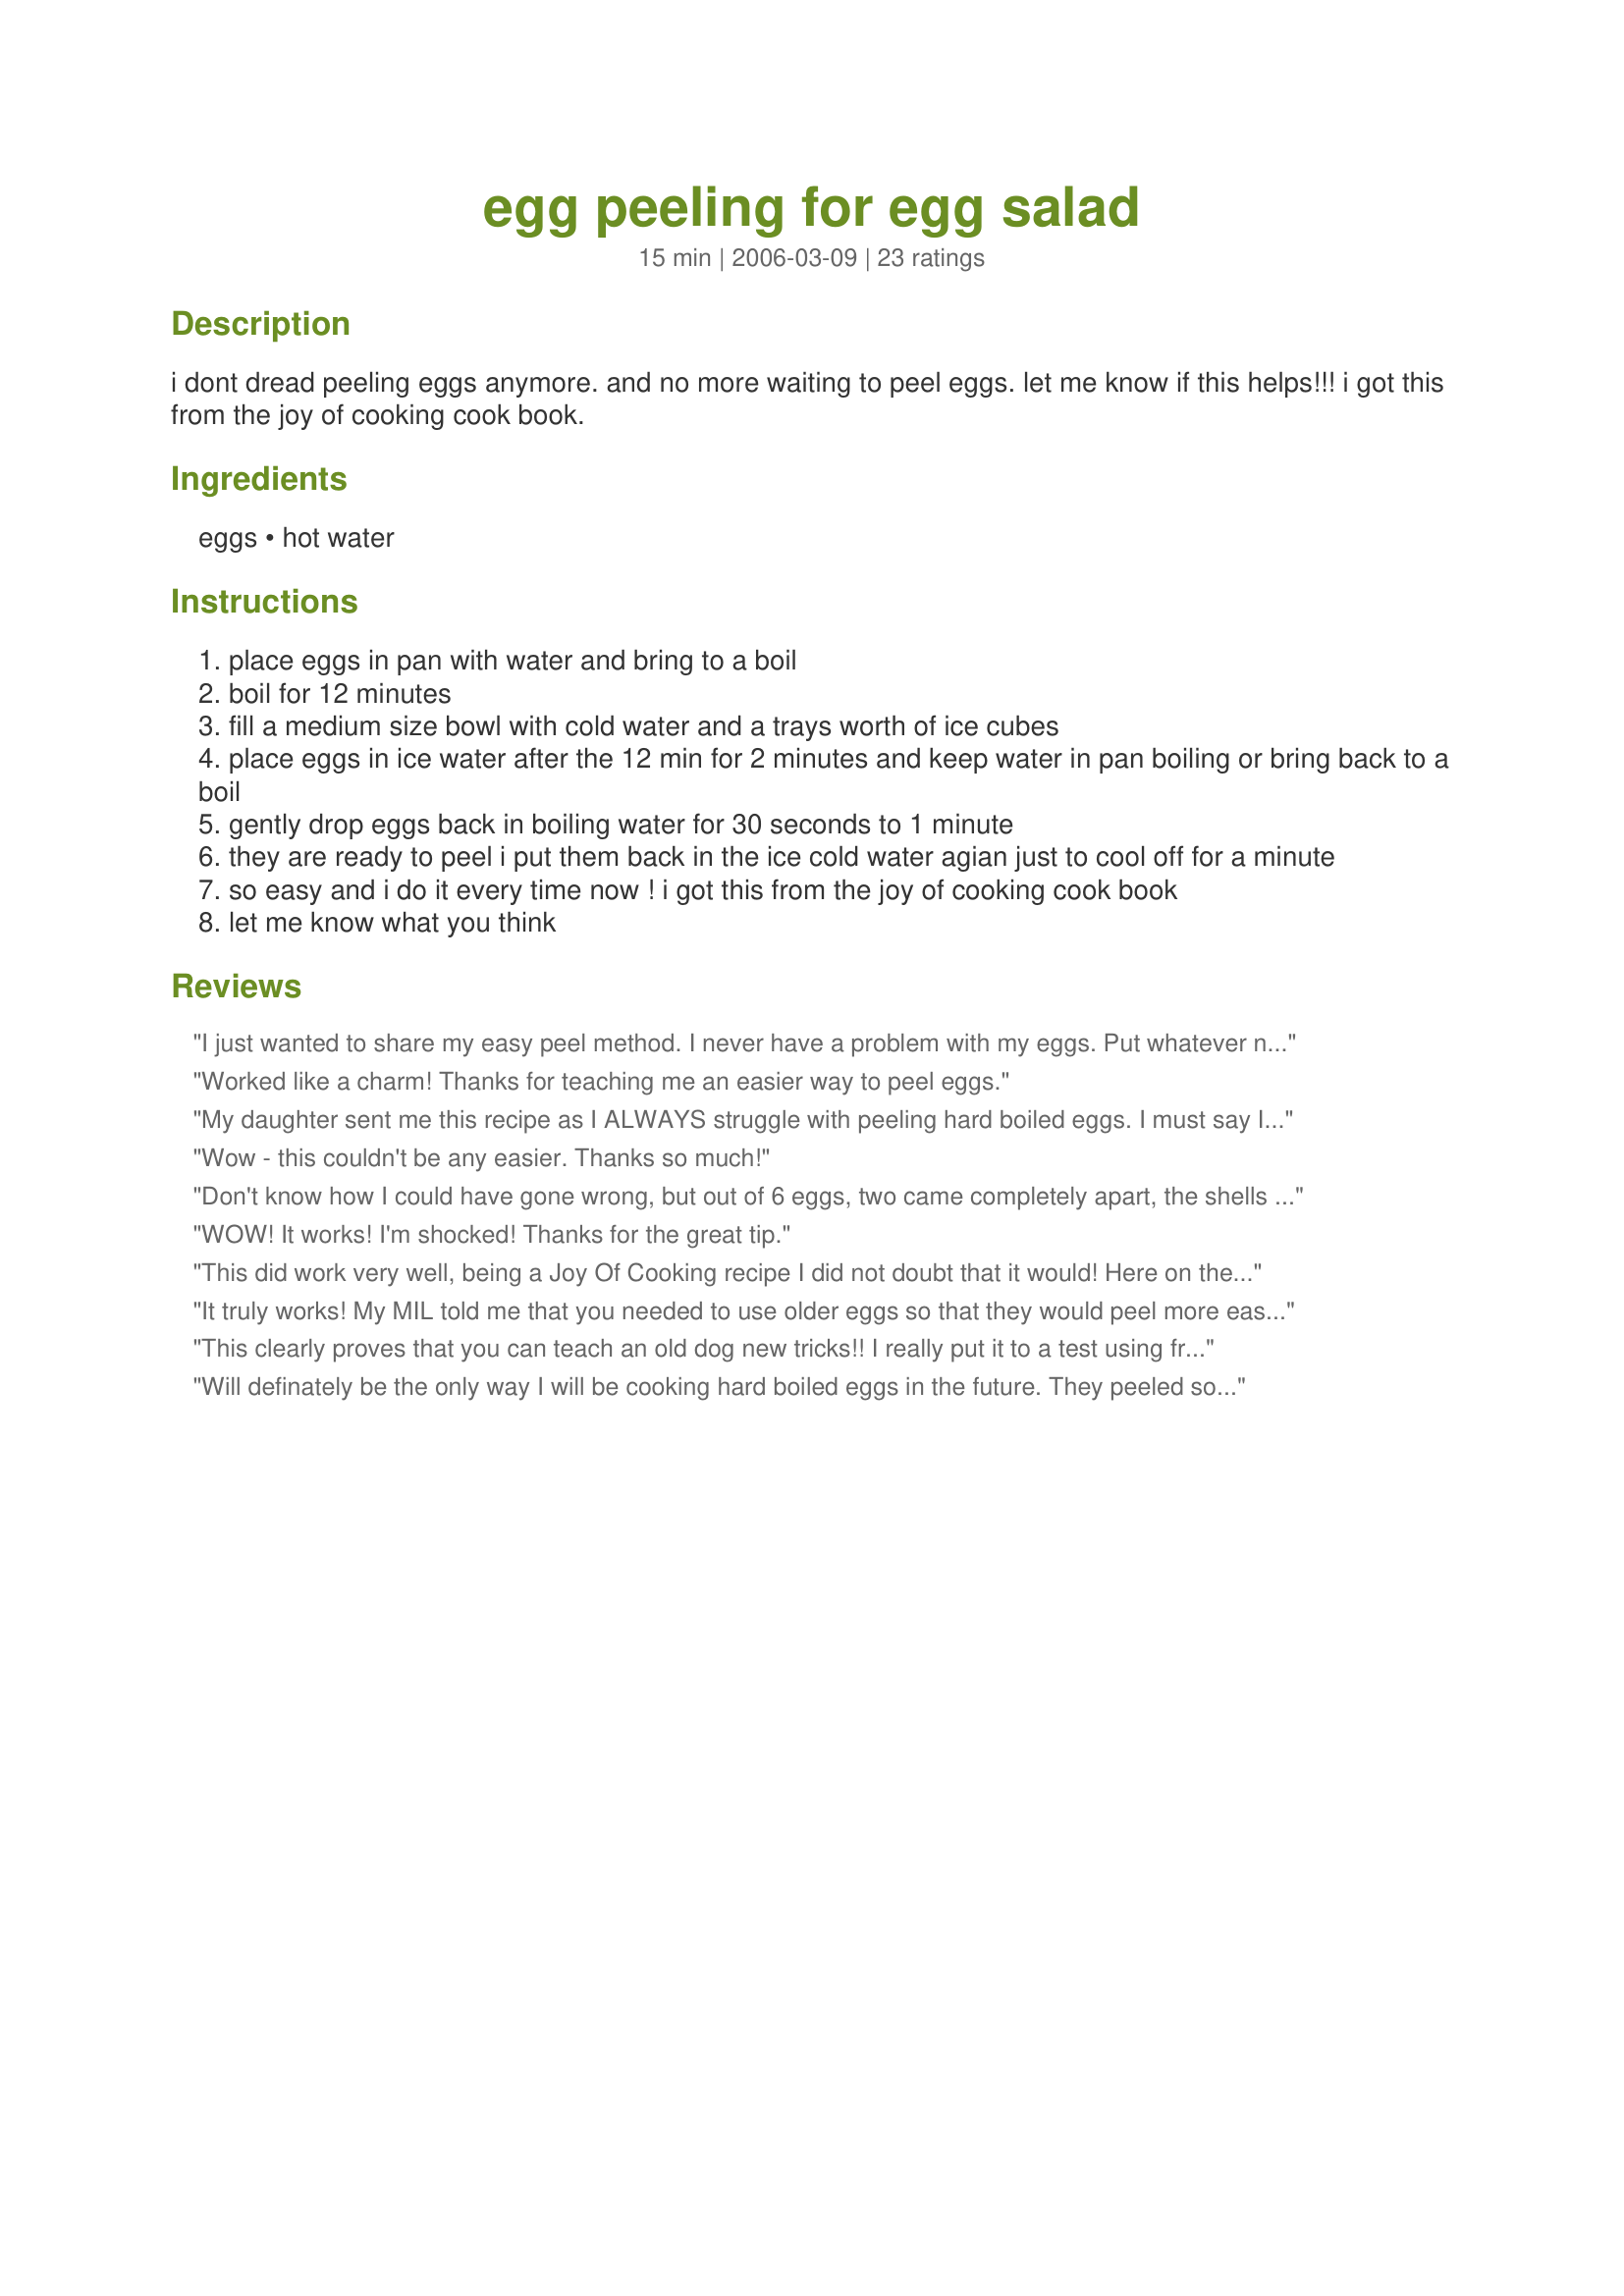
egg peeling for egg salad
Preparation time: 15 minutes

i dont dread peeling eggs anymore. and no more waiting to peel eggs. let me know if this helps!!! i got this from the joy of cooking cook book.

Ingredients:
eggs, hot water

Steps:
place eggs in pan with water and bring to a boil
boil for 12 minutes
fill a medium size bowl with cold water and a trays worth of ice cubes
place eggs in ice water after the 12 min for 2 minutes and keep water in pan boiling or bring back to a boil
gently drop eggs back in boiling water for 30 seconds to 1 minute
they are ready to peel i put them back in the ice cold water agian just to cool off for a minute
so easy and i do it every time now ! i got this from the joy of cooking cook book
let me know what you think

Reviews:
I just wanted to share my easy peel method. I never have a problem with my eggs. Put whatever number of eggs you want in a pan and cover completely with cold water. Bring to a boil, cover and reduce heat to low. Cook about 17 minutes. Dump out hot water and put eggs in cold water. After they have cooled enough to handle; under water rub the outside of the egg until it feels smooth. I know you think eggs are already smooth but you will be able to feel the difference. I have no clue why but this always works.
Worked like a charm! Thanks for teaching me an easier way to peel eggs.
My daughter sent me this recipe as I ALWAYS struggle with peeling hard boiled eggs. I must say I was skeptical since I've tried so many tricks to make peeling eggs easier - I needn't have been - with the exception of the first egg I tried (and I believe that was because the egg wasn't given a proper chance to cool down after 2nd time in the boiling water) all the eggs peeled like a dream. I will ONLY prepare my hard boiled eggs this way in the future - thank you so very much for sharing - you've ended years of aggravation & frustration.
Wow - this couldn't be any easier. Thanks so much!
Don't know how I could have gone wrong, but out of 6 eggs, two came completely apart, the shells broke into tiny pieces and was hard to remove. I will try this again before I give up. But according to other reviewers this is wonderful. My eggs were not fresh either, so it is a mystery to me.
WOW! It works! I'm shocked! Thanks for the great tip.
This did work very well, being a Joy Of Cooking recipe I did not doubt that it would! Here on the prairies one of the favorite sandwich fillings is egg salad, so along with the bowls and bowls of salad I have made for my family - I have peeled my fair share of eggs for both community functions and tea and bake sales ... while the Joy of Cooking works I have to stay with the method I have been using - it is just so much easier and makes short work of boiling and peeling the eggs.
It truly works! My MIL told me that you needed to use older eggs so that they would peel more easily. I only had fresh eggs and I wanted egg salad. I gave this a try and WOW! The peels came off without any problems. I will use this method always! Thanks so much.
This clearly proves that you can teach an old dog new tricks!! I really put it to a test using fresh eggs. I have never seen eggs peel so easily. I guess I missed that section in the Joy of Cooking! Thanks so much for sharing this wonderful technique that I will use many, many times in the future!
Will definately be the only way I will be cooking hard boiled eggs in the future. They peeled so easily - what can I say? Made for Healthy Choices ABC 2008. Thank you newtocookingm&m.
OH Thank you soooooo much! I have "fresh" eggs and it worked perfectly!!! Thank you!!! Thank you!!! Thank you!!!
 hi good idea on peeling eggs. dee
Wow! This worked brilliantly! It's a couple extra steps from what I normally do, but these eggs are perfect and well worth it! Thanks
Awesome i could never get them o peel like this
Finally a foolproof way of ensuring an easy-peeling hard-boiled egg! In the past for me it has always been hit and miss, and those mangled misses were very frustrating. Just made egg salad with six eggs and on every one the shell came off in almost one piece. This is a great tip. Thanks so much.
I also read in one of Martha Stewart's earlier cookbooks that in the case of making deviled eggs you should stir the eggs in the water frequently so that upon peeling the eggs and cutting them in half the yolk will be in the middle. She also mentioned what H-Ko said about the age of the eggs. You'd be amazed what a difference these details made. Thanks for the tip! I think I'll make an egg salad now!
At first I thought, "this is not working!" but then when I rolled the egg a little, the shell came right off! Thanks for sharing!
Thank you so much! Every X-mas my mother in law make deviled eggs and they look like the devil himself got to them. Now we won't have that problem.
I had to use the dozen eggs in my fridge before they hatched.
Our Family Secret is to add 1 tsp. Salt to the water before it comes to a boil.
This worked like a charm, I have never had the shell come off so easily. One note - higher elevation 5500 ft boil for 13-15 minutes.
Excellent concept....works like a charm! I
The best way to ensure your eggs are easy to peel is to always use older eggs - not bad, of course, just not fresh. There is a membrane between the shell and the albumin, and as the egg ages, an air pocket develops between this membrane and the shell. So when you boil your eggs and go to peel them, the membrane around the white is no longer so strongly attached to the shell and it peels more easily. I always leave fresher eggs to be boiled out at room temp for a day or so before boiling them, which hastens the aging process.
